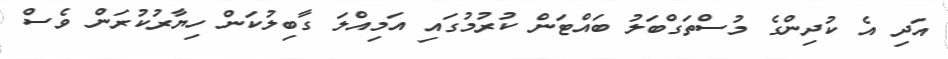
އަދި އެ ކުދިންގެ މުސްތަގްބަލު ބައްޓަން ކުރުމުގައި އަމިއްލަ ގާބިލުކަން ހިޔާރުކުރަން ވެސް